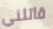
قاتلني